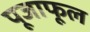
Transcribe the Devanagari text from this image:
पूजाफूल